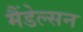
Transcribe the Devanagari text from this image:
मैंडेल्सन